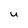
Character: U